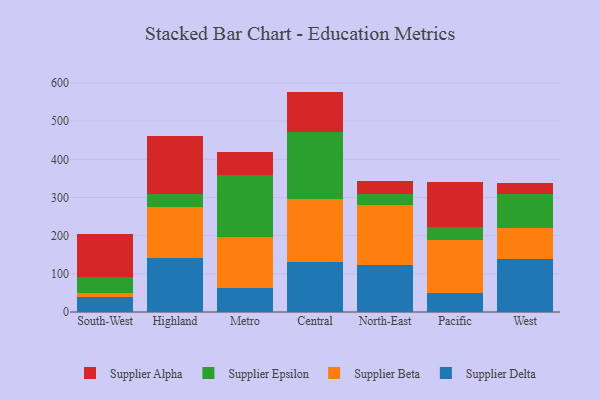
{"axis": {"x": "Region", "y": "Bounce Rate (%)"}, "legend": ["Supplier Alpha", "Supplier Beta", "Supplier Delta", "Supplier Epsilon"], "data": [{"x": "South-West", "y": 39.3, "type": "Supplier Delta"}, {"x": "South-West", "y": 11.7, "type": "Supplier Beta"}, {"x": "South-West", "y": 41.9, "type": "Supplier Epsilon"}, {"x": "South-West", "y": 112.5, "type": "Supplier Alpha"}, {"x": "Highland", "y": 141.0, "type": "Supplier Delta"}, {"x": "Highland", "y": 133.0, "type": "Supplier Beta"}, {"x": "Highland", "y": 34.8, "type": "Supplier Epsilon"}, {"x": "Highland", "y": 153.1, "type": "Supplier Alpha"}, {"x": "Metro", "y": 62.8, "type": "Supplier Delta"}, {"x": "Metro", "y": 134.3, "type": "Supplier Beta"}, {"x": "Metro", "y": 161.7, "type": "Supplier Epsilon"}, {"x": "Metro", "y": 61.5, "type": "Supplier Alpha"}, {"x": "Central", "y": 132.1, "type": "Supplier Delta"}, {"x": "Central", "y": 163.8, "type": "Supplier Beta"}, {"x": "Central", "y": 174.9, "type": "Supplier Epsilon"}, {"x": "Central", "y": 106.6, "type": "Supplier Alpha"}, {"x": "North-East", "y": 123.1, "type": "Supplier Delta"}, {"x": "North-East", "y": 157.5, "type": "Supplier Beta"}, {"x": "North-East", "y": 29.7, "type": "Supplier Epsilon"}, {"x": "North-East", "y": 33.3, "type": "Supplier Alpha"}, {"x": "Pacific", "y": 50.7, "type": "Supplier Delta"}, {"x": "Pacific", "y": 137.6, "type": "Supplier Beta"}, {"x": "Pacific", "y": 34.6, "type": "Supplier Epsilon"}, {"x": "Pacific", "y": 117.6, "type": "Supplier Alpha"}, {"x": "West", "y": 139.4, "type": "Supplier Delta"}, {"x": "West", "y": 79.9, "type": "Supplier Beta"}, {"x": "West", "y": 88.8, "type": "Supplier Epsilon"}, {"x": "West", "y": 29.6, "type": "Supplier Alpha"}]}